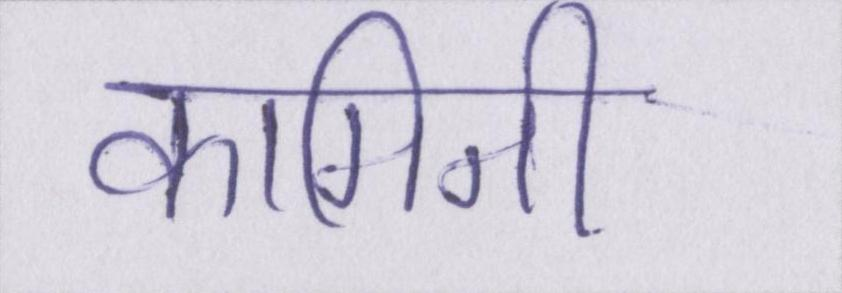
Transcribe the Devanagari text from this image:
कामिनी